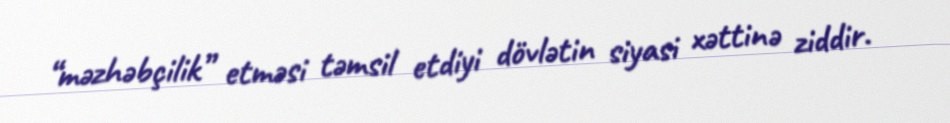
“məzhəbçilik” etməsi təmsil etdiyi dövlətin siyasi xəttinə ziddir.